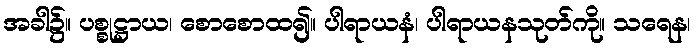
အခါ၌။ ပစ္စုဋ္ဌာယ၊ စောစောထ၍။ ပါရာယနံ၊ ပါရာယနသုတ်ကို။ သရေန၊